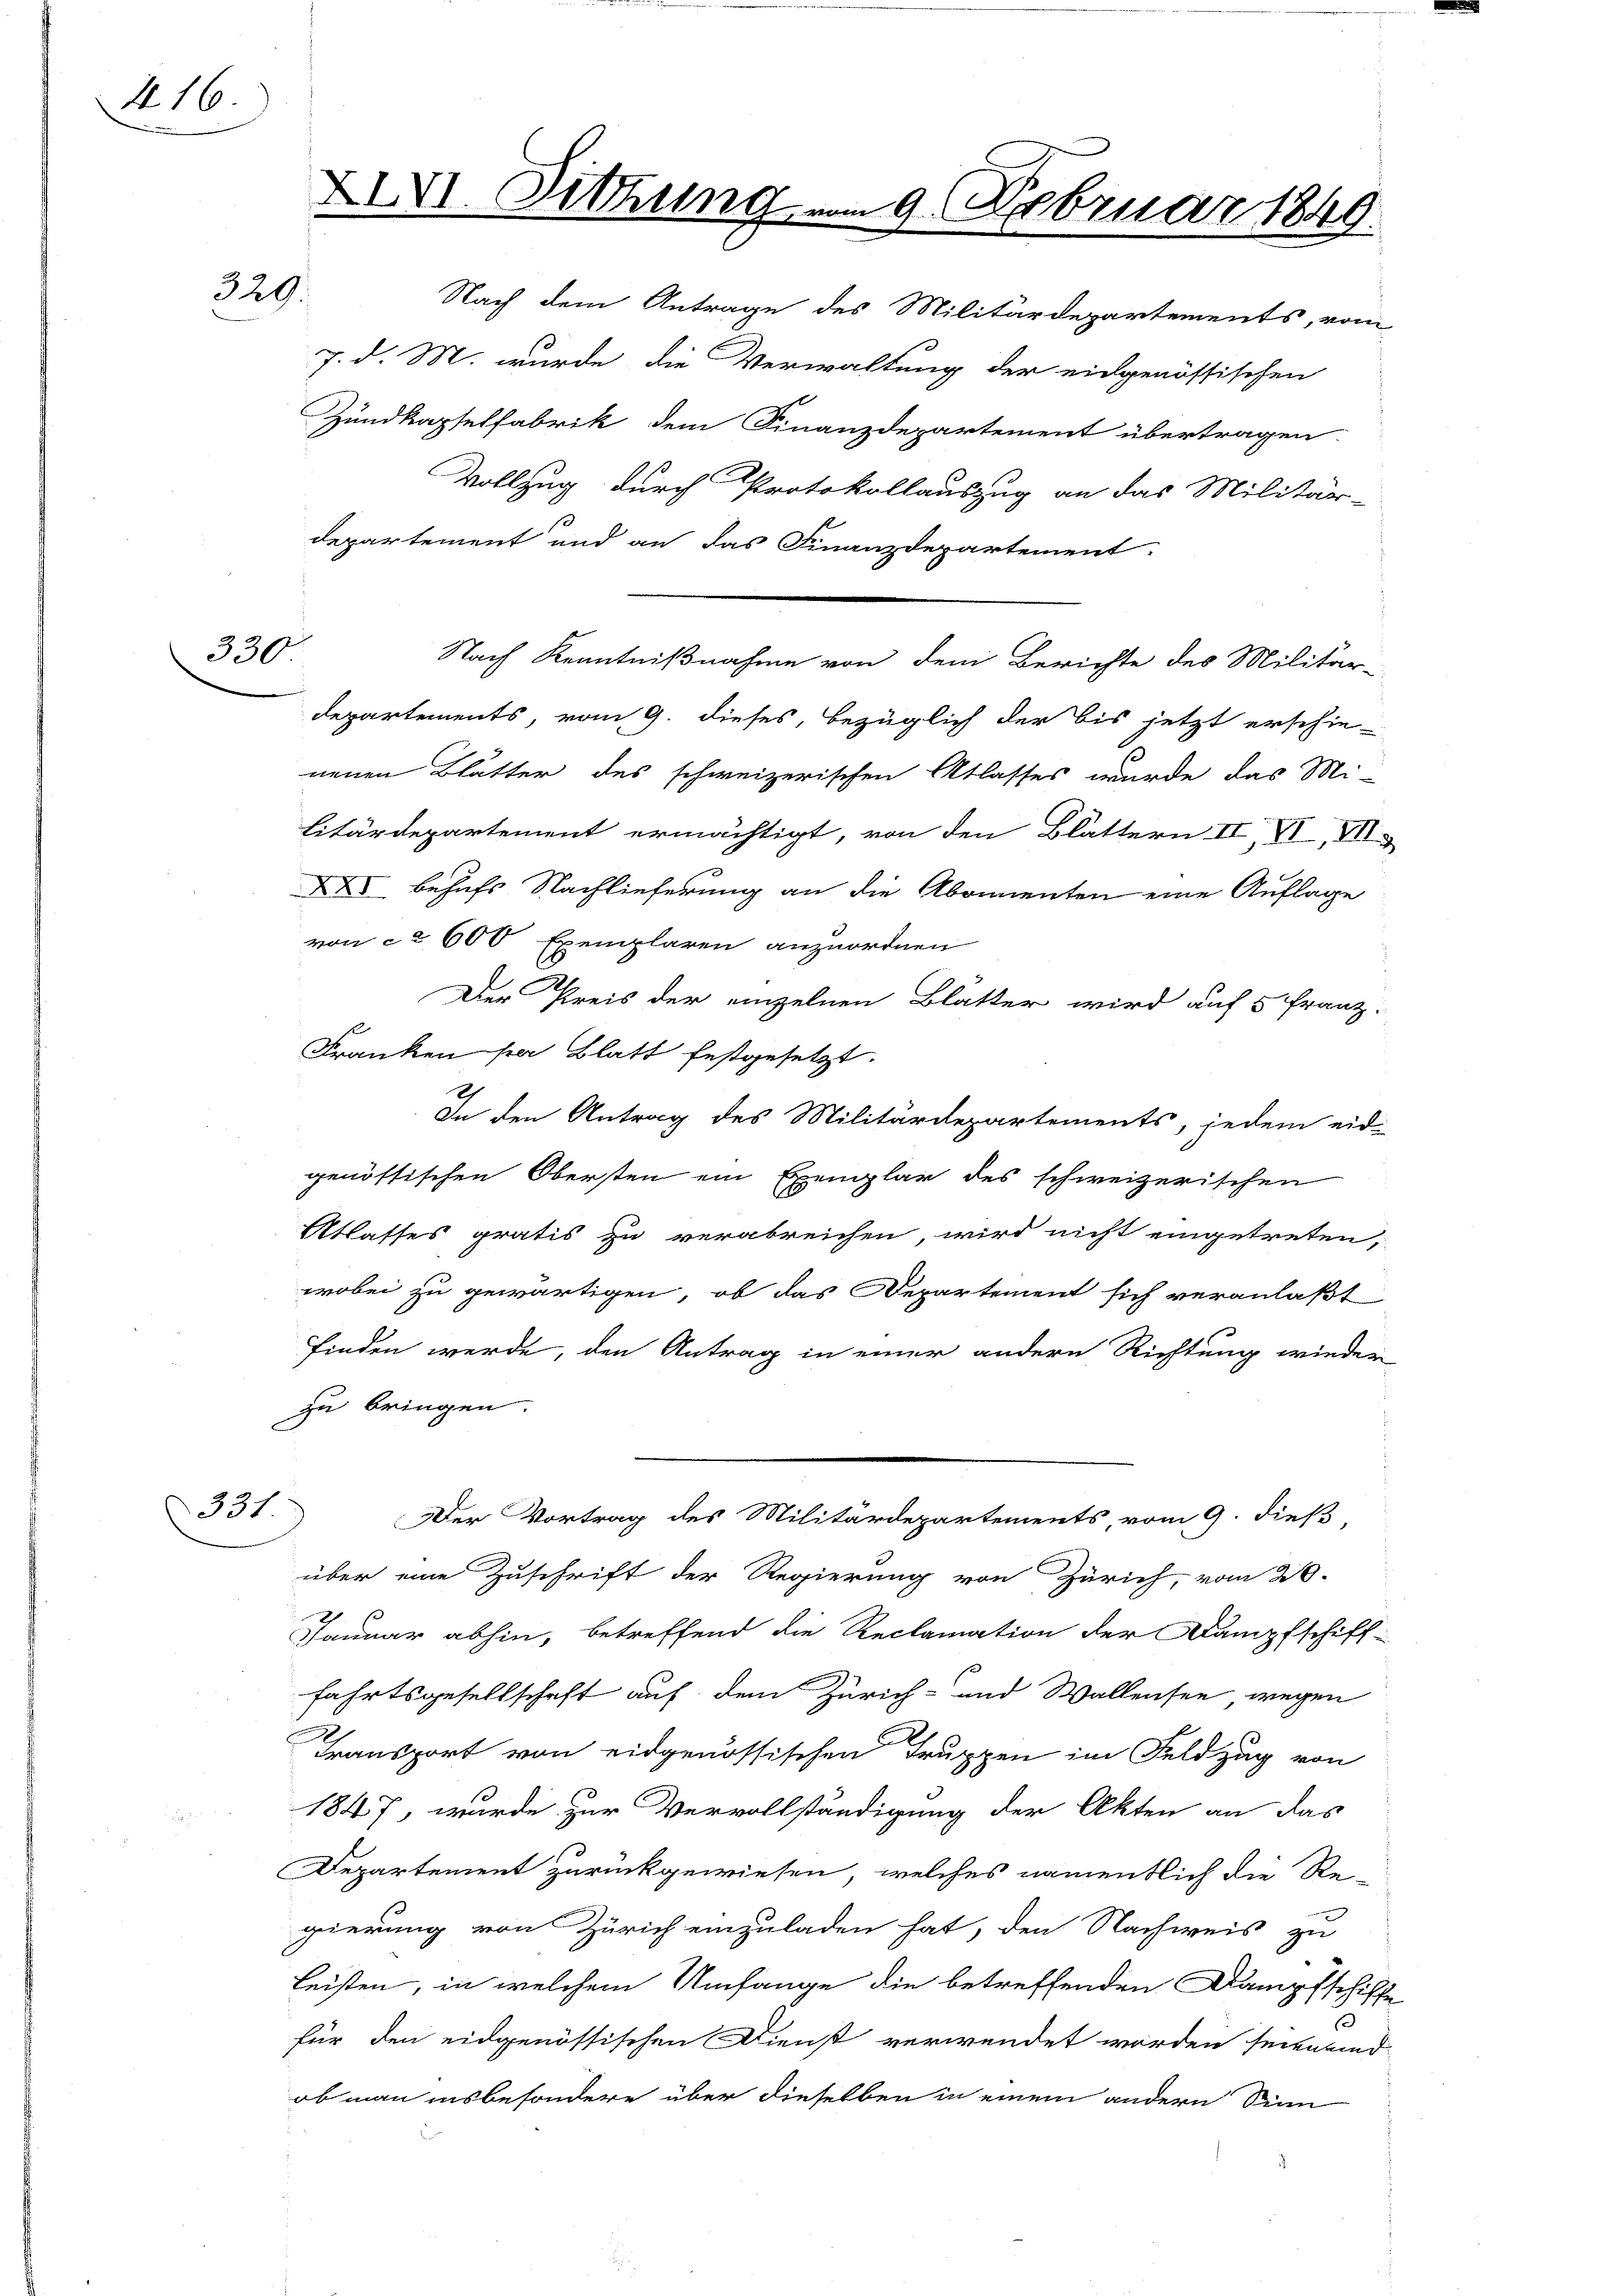
416

320.

330.

331.

XVI. Sitzung vom 9. Februar 1840.

Nach dem Antrage des Militärdepartements, vom
7. d. M. wurde, die Verwaltung der eidgenössischen
Zundkapselfabrik dem Finanzdepartement übertragen
Vollzug durch Protokollauszug an das Militär-
departement und an das Finanzdepartement.
Nach Kenntnißnahme von dem Berichte des Militär-
departements, vom 9. dieses, bezüglich der bis jetzt erschie-
nenen Blätter des schweizerischen Atlasses wurde das Mi-
Litärdepartement ermächtigt, von den Blättern II VI, VII
XXI. Behufs Nachlieferung an die Abonnenten eine Auflage
von ca 600 Exemplaren anzuordnen
Der Preis der einzelnen Blätter wird auf 5 Franz.
Franken par Blatt festgesetzt.
In den Antrag des Militärdepartements, jedem eid-
genössischen Obersten ein Exemplar des schweizerischen
Atlasses gratis zu verabreichen, wird nicht eingetreten,
wobei zu gewärtigen, ob das Departement sich veranlaßt
finden werde, den Antrag in einer andern Richtung wieder
zu bringen.
Der Vortrag des Militärdepartements, vom 9. dieß
über eine Zuschrift der Regierung von Zürich, vom 26.
2
Januar abhin, betreffend die Reclamation der Kampfschiff-
fahrtsgesellschaft auf dem Zürich- und Wallensee wegen
Transport von eidgenössischen Truppen im Feldzug von
1847, wurde zur Vervollständigung der Akten an das
Departement zurückgewiesen, welches namentlich die Re-
gierung von Zürich einzuladen hat, den Nachweis zu
leisten, in welchem Umfange die betreffenden Dampfschiffe
für den eidgenössischen Dienst verwendet worden seien und
ob man insbesondere über dieselben in einem andern Sinn